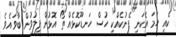
ކެއީ ހަމަ އެކަނި ފެނުކެއްކި ހުސް ހަނޑޫކޮޅެއް ތޯ އޮޅުން ފިލުވުން ބާވައެވެ